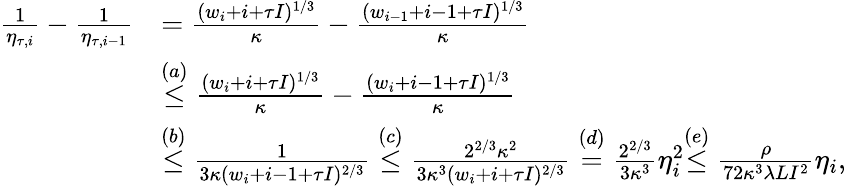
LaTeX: \begin{array}{rl}{\frac{1}{\eta_{\tau,i}}-\frac{1}{\eta_{\tau,i-1}}}&{=\frac{(w_{i}+i+\tau I)^{1/3}}{\kappa}-\frac{(w_{i-1}+i-1+\tau I)^{1/3}}{\kappa}}\\ &{\overset{(a)}{\leq}\frac{(w_{i}+i+\tau I)^{1/3}}{\kappa}-\frac{(w_{i}+i-1+\tau I)^{1/3}}{\kappa}}\\ &{\overset{(b)}{\leq}\frac{1}{3\kappa(w_{i}+i-1+\tau I)^{2/3}}\overset{(c)}{\leq}\frac{2^{2/3}\kappa^{2}}{3\kappa^{3}(w_{i}+i+\tau I)^{2/3}}\overset{(d)}{=}\frac{2^{2/3}}{3\kappa^{3}}\eta_{i}^{2}{\overset{(e)}{\leq}\frac{\rho}{72\kappa^{3}\lambda LI^{2}}\eta_{i},}}\end{array}